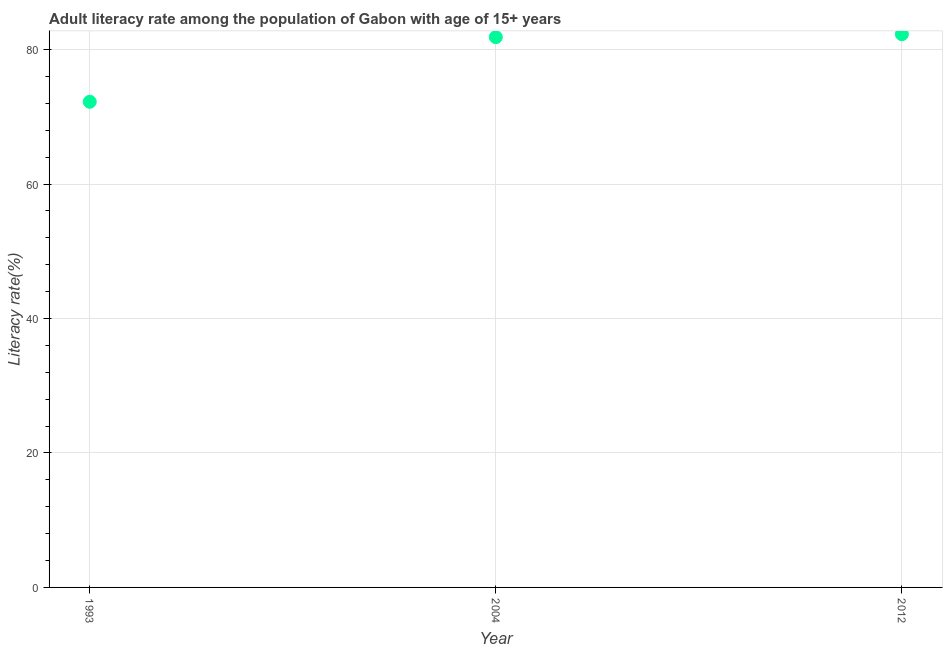
| Year | Adult literacy rate |
 | --- | --- |
 | 1993 | 72.2 |
 | 2004 | 81.8 |
 | 2012 | 82.3 |